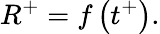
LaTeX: R^{+}=f\left(t^{+}\right).